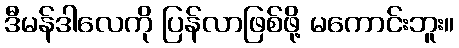
ဒီမန်ဒါလေကို ပြန်လာဖြစ်ဖို့ မကောင်းဘူး။